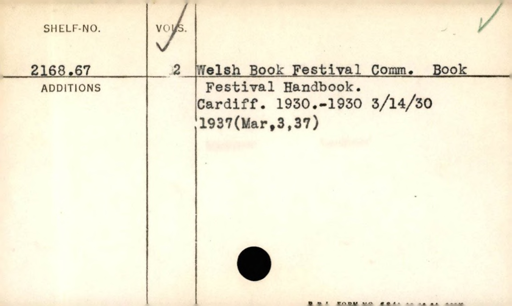
Label: content